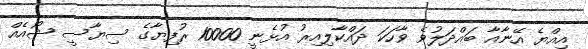
އިއްޔެ އޭނާއާ ބައްދަލުވެ ވާހަކަ ދައްކާލިއިރު އުޅެނީ 10000 ރުފިޔާގެ ސިޔާސީ ޝޯއެއް